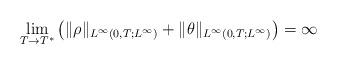
LaTeX: \begin{align*}\lim_{T\rightarrow T^{*}}\left(\|\rho\|_{L^\infty(0,T;L^\infty)}+\|\theta\|_{L^\infty(0,T;L^\infty)}\right)=\infty\end{align*}